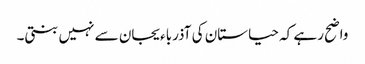
واضح رہے کہ حیاستان کی آذرباءیجان سے نہیں بنتی۔